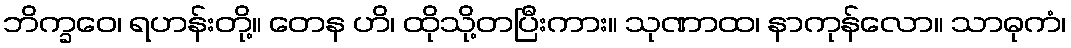
ဘိက္ခဝေ၊ ရဟန်းတို့။ တေန ဟိ၊ ထိုသို့တပြီးကား။ သုဏာထ၊ နာကုန်လော။ သာဓုကံ၊